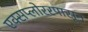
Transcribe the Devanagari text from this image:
एक्सप्लोररपासून